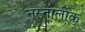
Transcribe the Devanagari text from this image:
नस्तालीक